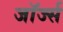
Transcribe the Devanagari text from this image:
जाॅर्ज्स